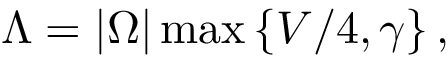
\Lambda = | \Omega | \operatorname* { m a x } \left\{ V / 4 , \gamma \right\} ,